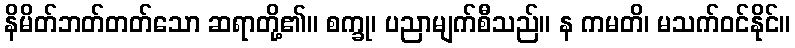
နိမိတ်ဘတ်တတ်သော ဆရာတို့၏။ စက္ခု၊ ပညာမျက်စီသည်။ န ကမတိ၊ မသက်ဝင်နိုင်။